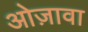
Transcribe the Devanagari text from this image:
ओज़ावा